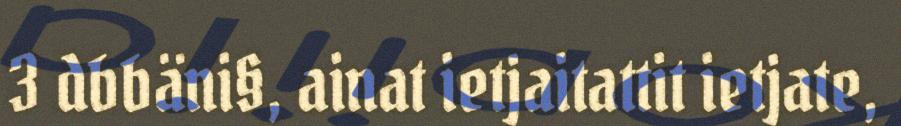
3 dbbäni§, ainat ietjaitattit ietjate,